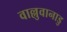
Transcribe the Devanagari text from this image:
वाल्लुवानाडु